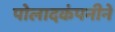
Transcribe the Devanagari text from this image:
पोलादकंपनीने